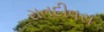
રાતદીવસ